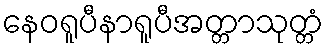
နေဝရူပီနာရူပီအတ္တာသုတ္တံ